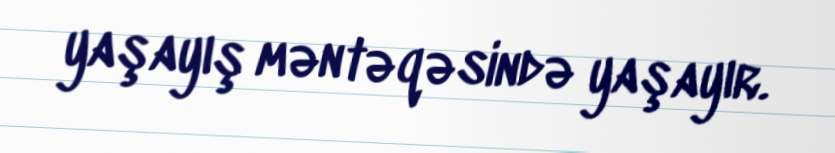
yaşayış məntəqəsində yaşayır.